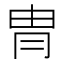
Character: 冑